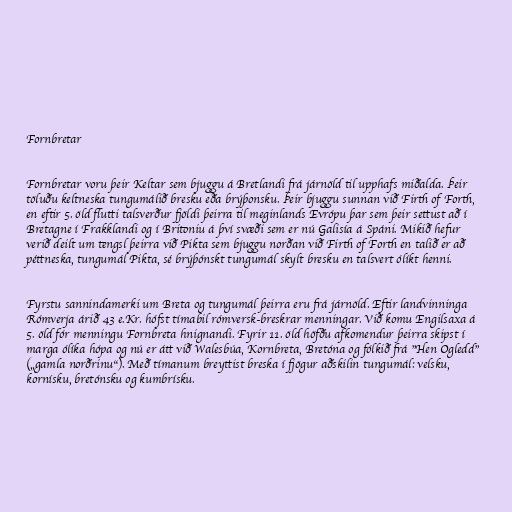
Fornbretar

Fornbretar voru þeir Keltar sem bjuggu á Bretlandi frá járnöld til upphafs miðalda. Þeir
töluðu keltneska tungumálið bresku eða brýþonsku. Þeir bjuggu sunnan við Firth of Forth,
en eftir 5. öld flutti talsverður fjöldi þeirra til meginlands Evrópu þar sem þeir settust að í
Bretagne í Frakklandi og í Britoniu á því svæði sem er nú Galisía á Spáni. Mikið hefur
verið deilt um tengsl þeirra við Pikta sem bjuggu norðan við Firth of Forth en talið er að
péttneska, tungumál Pikta, sé brýþónskt tungumál skylt bresku en talsvert ólíkt henni.

Fyrstu sannindamerki um Breta og tungumál þeirra eru frá járnöld. Eftir landvinninga
Rómverja árið 43 e.Kr. hófst tímabil rómversk-breskrar menningar. Við komu Engilsaxa á
5. öld fór menningu Fornbreta hnignandi. Fyrir 11. öld höfðu afkomendur þeirra skipst í
marga ólíka hópa og nú er átt við Walesbúa, Kornbreta, Bretóna og fólkið frá "Hen Ogledd"
(„gamla norðrinu“). Með tímanum breyttist breska í fjögur aðskilin tungumál: velsku,
kornísku, bretónsku og kumbrísku.